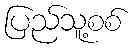
ပြည်သူ့စစ်